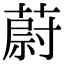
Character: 蔚